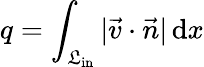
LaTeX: q=\int_{\mathfrak{L}_{\textrm{{in}}}}|\vec{{v}}\cdot\vec{{n}}|\, {\textrm{{d}}}x